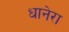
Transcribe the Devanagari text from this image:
धानेरा